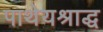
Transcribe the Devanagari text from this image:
पाथेयश्राद्ध